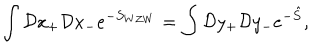
\int { \cal D } x _ { + } { \cal D } x _ { - } e ^ { - S _ { W Z W } } = \int { \cal D } y _ { + } { \cal D } y _ { - } e ^ { - \hat { S } } ,